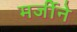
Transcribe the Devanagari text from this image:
मर्जीने